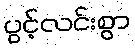
ပွင့်လင်းစွာ